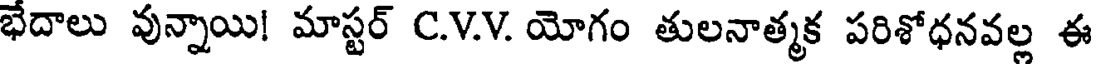
భేదాలు వున్నాయి! మాస్టర్ C.V.V. యోగం తులనాత్మక పరిశోధనవల్ల ఈ